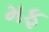
મફ